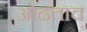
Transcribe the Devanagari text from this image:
ओढताच